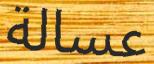
عسالة